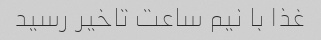
غذا با نیم ساعت تاخیر رسید